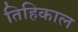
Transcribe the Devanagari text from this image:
तिहिकाल